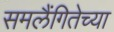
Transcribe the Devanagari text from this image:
समलैंगितेच्या